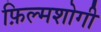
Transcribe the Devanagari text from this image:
फ़िल्मशोगी